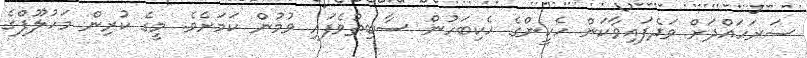
ސަރަހައްދަށް ވަދެފައިވާކަން ހެކީންގެ ހެކިބަހުން ސާބިތުވެފައި ވުމުން ކަމަށެވެ. މީގެ ކުރިން މަހުލޫފްގެ